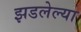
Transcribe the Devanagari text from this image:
झडलेल्या